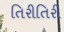
તિરીતિરી